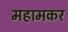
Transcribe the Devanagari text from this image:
महामकर